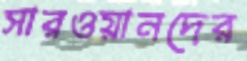
সারওয়ানদের